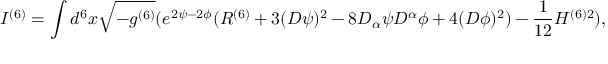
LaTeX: I ^ { ( 6 ) } = \int d ^ { 6 } x \sqrt { - g ^ { ( 6 ) } } ( e ^ { 2 \psi - 2 \phi } ( R ^ { ( 6 ) } + 3 ( D \psi ) ^ { 2 } - 8 D _ { \alpha } \psi D ^ { \alpha } \phi + 4 ( D \phi ) ^ { 2 } ) - \frac { 1 } { 1 2 } H ^ { ( 6 ) 2 } ) ,